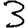
Digit: 3